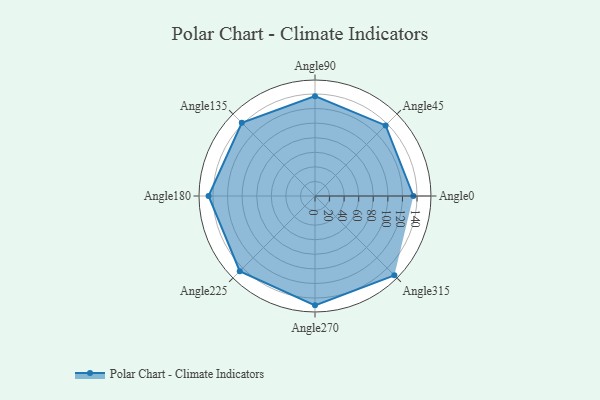
{"axis": {"x": "Angle", "y": "Radius"}, "legend": [""], "data": [{"x": "Angle0", "y": 135.0, "type": ""}, {"x": "Angle45", "y": 137.0, "type": ""}, {"x": "Angle90", "y": 137.0, "type": ""}, {"x": "Angle135", "y": 142.0, "type": ""}, {"x": "Angle180", "y": 146.0, "type": ""}, {"x": "Angle225", "y": 146.0, "type": ""}, {"x": "Angle270", "y": 150.0, "type": ""}, {"x": "Angle315", "y": 154.0, "type": ""}]}